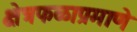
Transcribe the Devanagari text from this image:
क्षेत्रफळाप्रमाणे